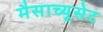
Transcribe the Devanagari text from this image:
मैसाच्यूसेट